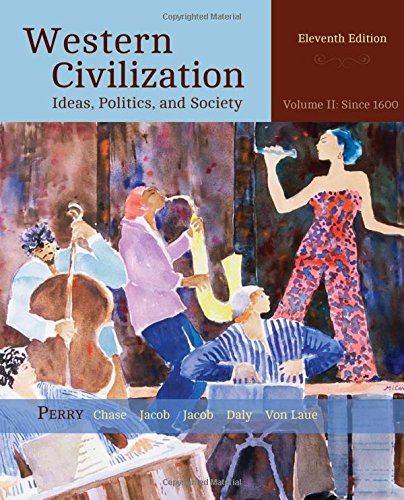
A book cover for Western Civilization: Ideas, Politics, and Society, Volume II: From 1600; Marvin Perry; History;